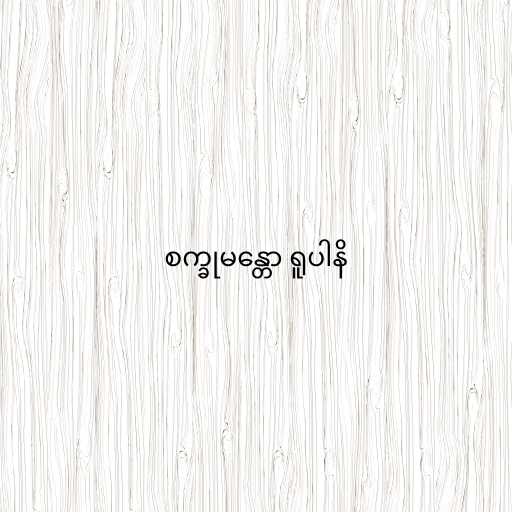
စက္ခုမန္တော ရူပါနိ